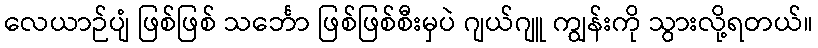
လေယာဉ်ပျံ ဖြစ်ဖြစ် သင်္ဘော ဖြစ်ဖြစ်စီးမှပဲ ဂျယ်ဂျူ ကျွန်းကို သွားလို့ရတယ်။